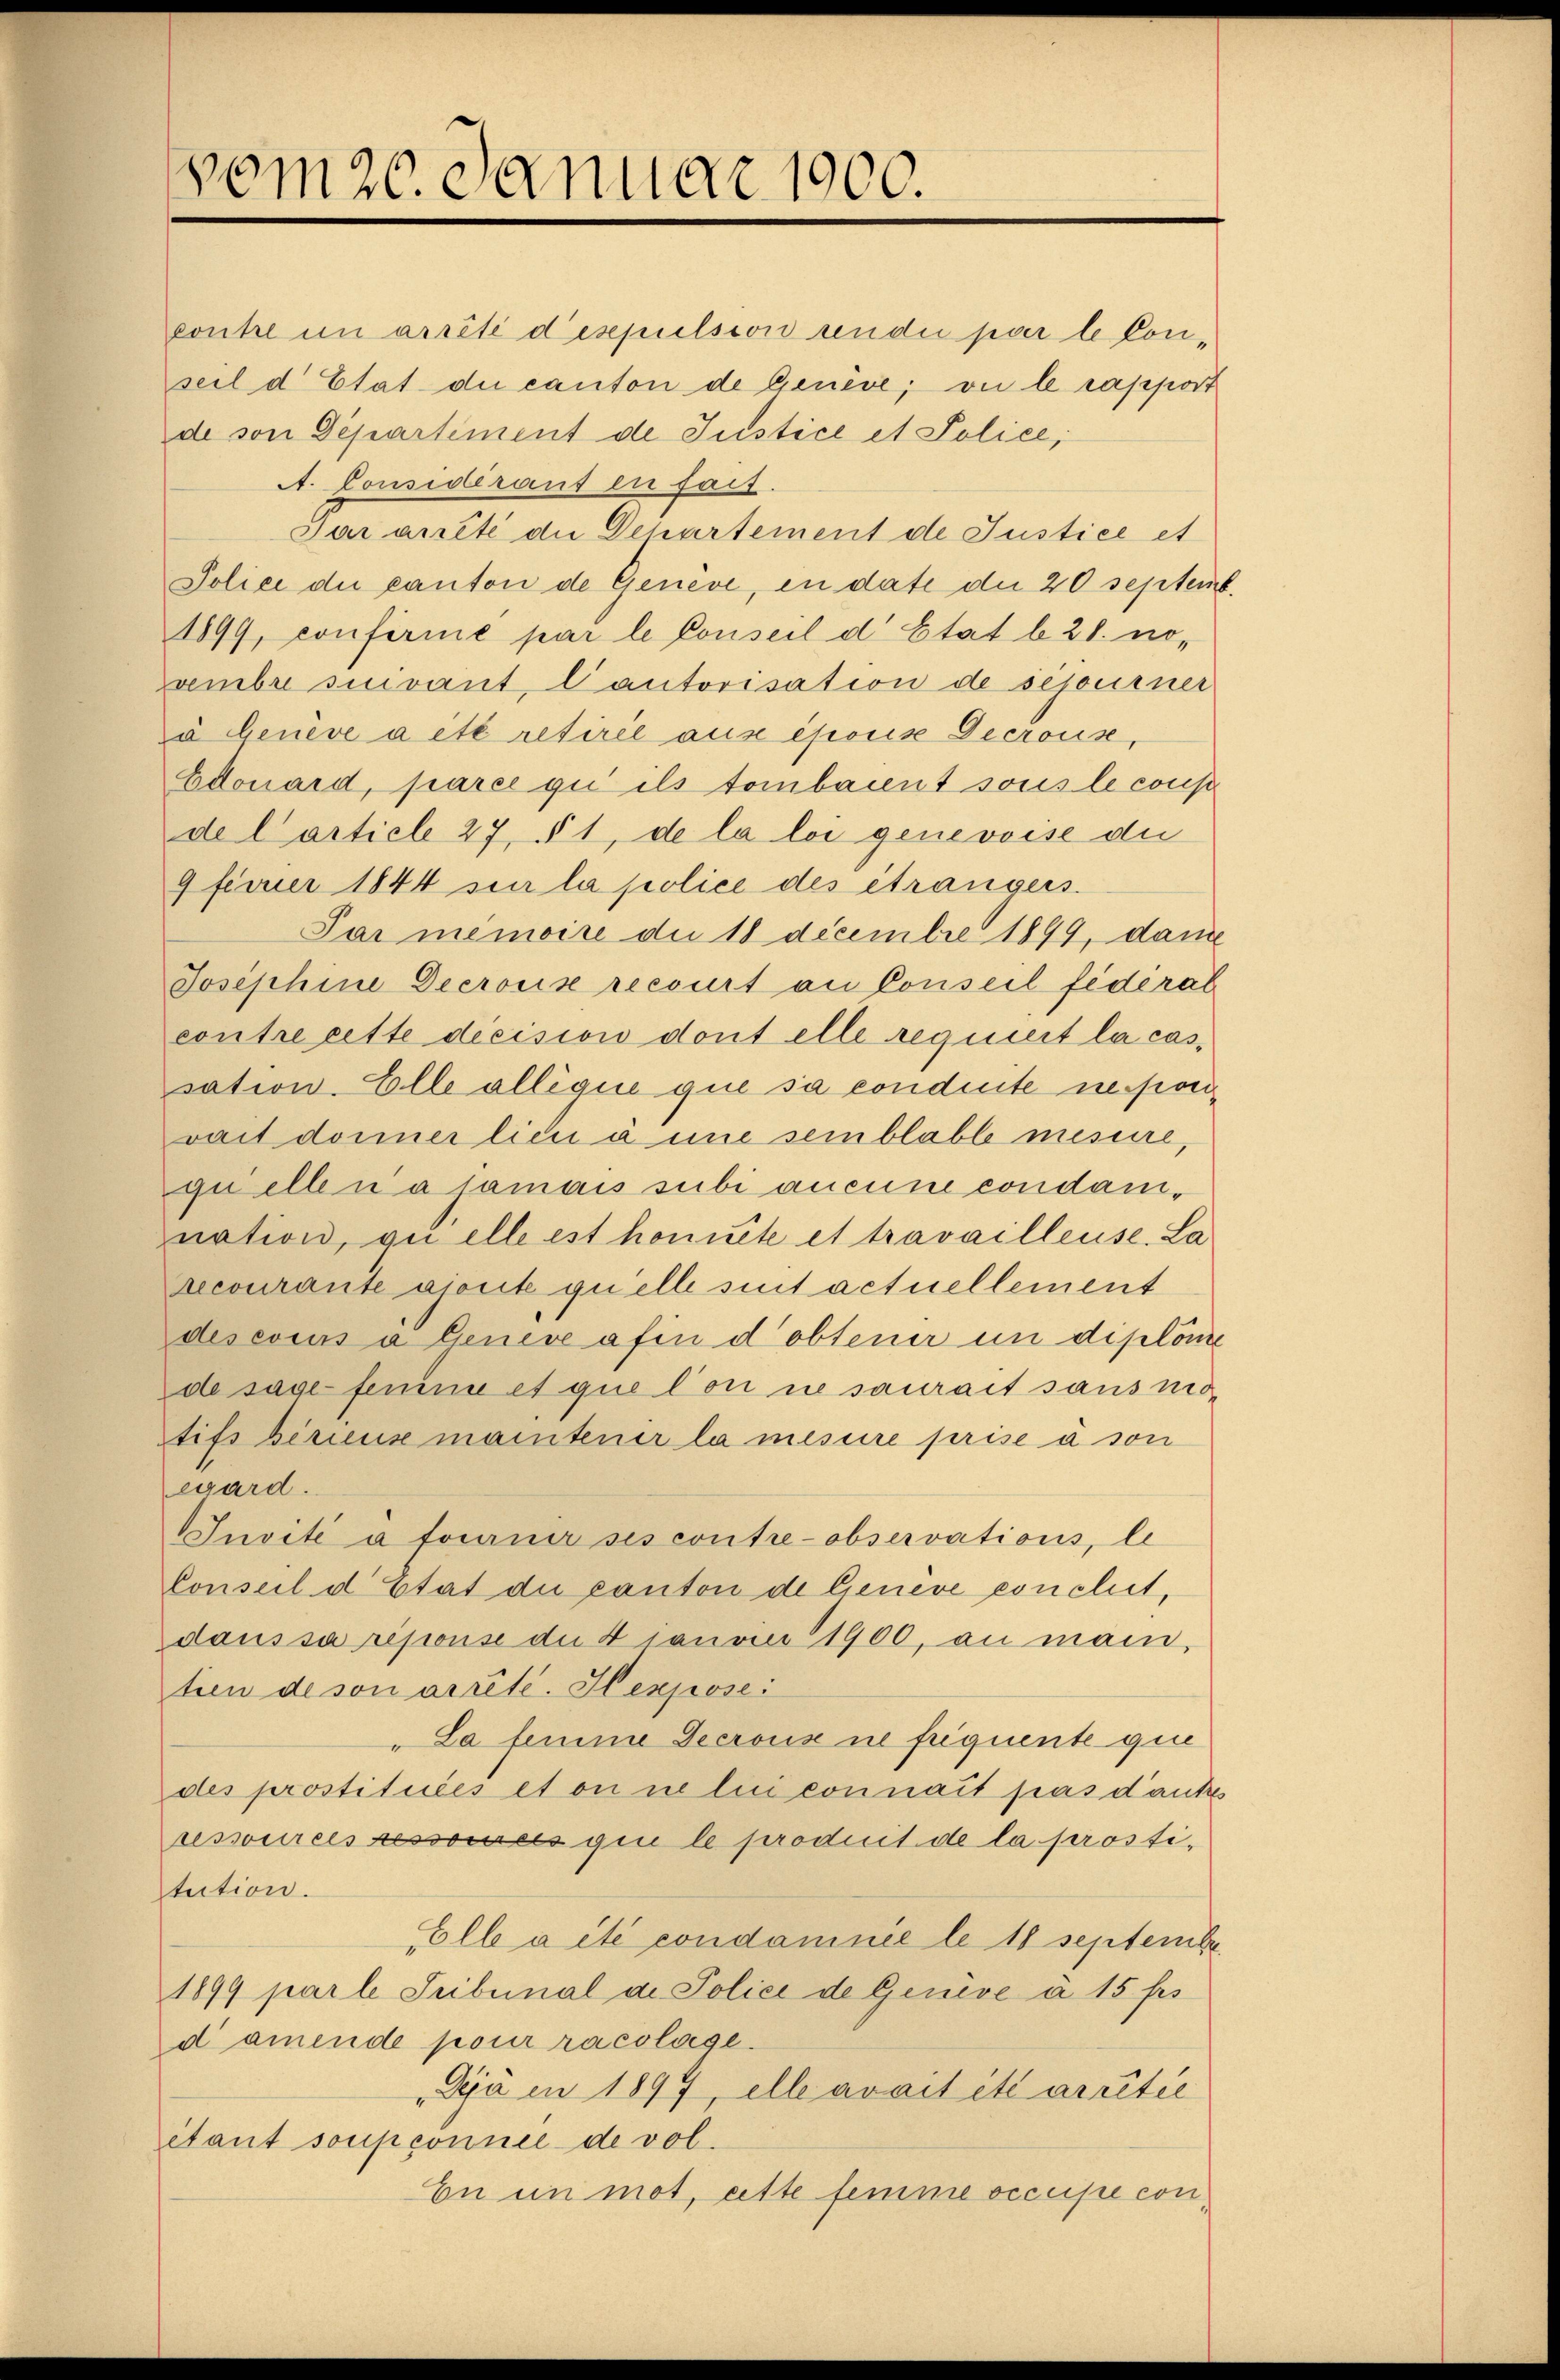
ponte in arrêté despulsion ander par le Conseil d’Etat die canton de Genève, vie le rapport
de von Departiment de Justice et Police,
A. Considerant en fact.
Par anete die Departement de Justice et
Police die canton de Genève, in date die 20 septemb
1899, confirmé par le Conseil d’Etat b. 21. novembre sindant, Cantorisation de sejourner
a Geneve a été retirel aus eporis Decrouse
Edouard, parce qui ils tombarent sous le cons
de Carticle 27, § 1, de la loi genevoise die
9 ferner 1844 sie la police des étrangers.
Pai memoire du 18 Decembre 1899, dami
Josephine Decrois recourt an Conseil fédéral
contre cette decision dont elle requiert la cas,
sation. Elle allégue que sa conduite ne sonvait donner lieu à une semblable mesure,
quelle nasamais subi aneine condamnation, quelle est honnete et travailleuse. La
recourante aient quelle suit actuellement
desevius à Geneve afin d obtener in diplome
de sage femme et que l’on ne saurait sans no
Stifs berius maintener la mesure prise à son
ward.
Invité à fournir ses contre-observations, le
Conseil d’Etat die canton de Geneve concliet,
daus sa reponse an 4 Januar 1900, an manitien de son arrête. Hexpose
"La femme Decrouise ne friquente qui
des prostituciés et on ne lui connait pas dankes
ressourcessessores qui le produit de la prostitution.
Fall a été condamnée le 18 septembe
1899 par le Tribunal d. Police de Geneve à 15 frs
damende pour racolage.
Dija in 1897, elle avait été arretie
étant soupconnue de vol
En in mot, eitte femme occupe con¬

vom 20. Januar 1900.